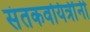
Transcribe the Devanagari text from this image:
संतकवयित्रींनी